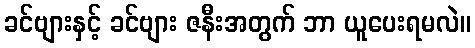
ခင်ဗျားနှင့် ခင်ဗျား ဇနီးအတွက် ဘာ ယူပေးရမလဲ။